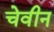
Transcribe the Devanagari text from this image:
चेवीन